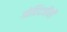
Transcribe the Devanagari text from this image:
गोविंदजींनी